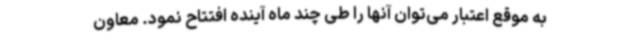
به موقع اعتبار می‌توان آنها را طی چند ماه آینده افتتاح نمود. معاون